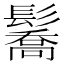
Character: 𩯘